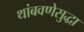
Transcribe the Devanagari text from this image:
थांबवणेसुद्धा